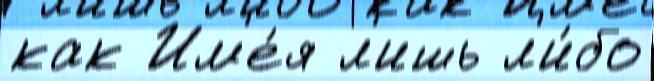
как Им'е́я л'ишь л'и́бо